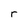
Character: r